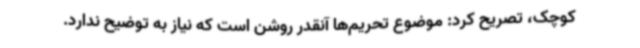
کوچک، تصریح کرد: موضوع تحریم‌ها آنقدر روشن است که نیاز به توضیح ندارد.